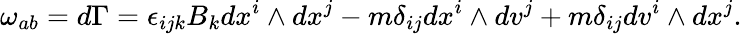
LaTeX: \omega_{ab}=d\Gamma=\epsilon_{ijk}B_{k}dx^{i}\wedge dx^{j}-m\delta_{ij}dx^{i}\wedge dv^{j}+m\delta_{ij}dv^{i}\wedge dx^{j}.